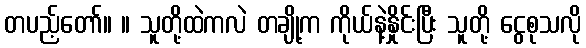
တပည့်တော်။ ။ သူတို့ထဲကလဲ တချို့က ကိုယ်နဲ့နှိုင်းပြီး သူတို့ ငွေစုသလို